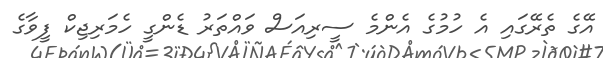
އޭގެ ތެރޭގައި އެ ހުމުގެ އެންމެ ސީރިއަސް ވައްތަރު ޑެންގީ ހެމަރިޖިކް ފީވާގެ